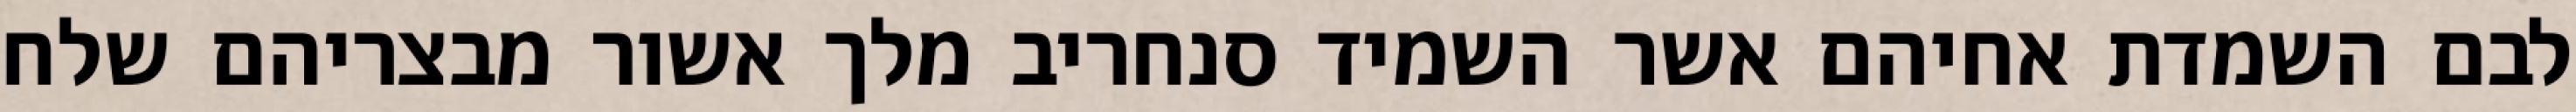
לבם השמדת אחיהם אשר השמיד סנחריב מלך אשור מבצריהם שלח